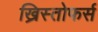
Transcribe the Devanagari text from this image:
ख्रिस्तोफर्स